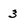
Character: 3